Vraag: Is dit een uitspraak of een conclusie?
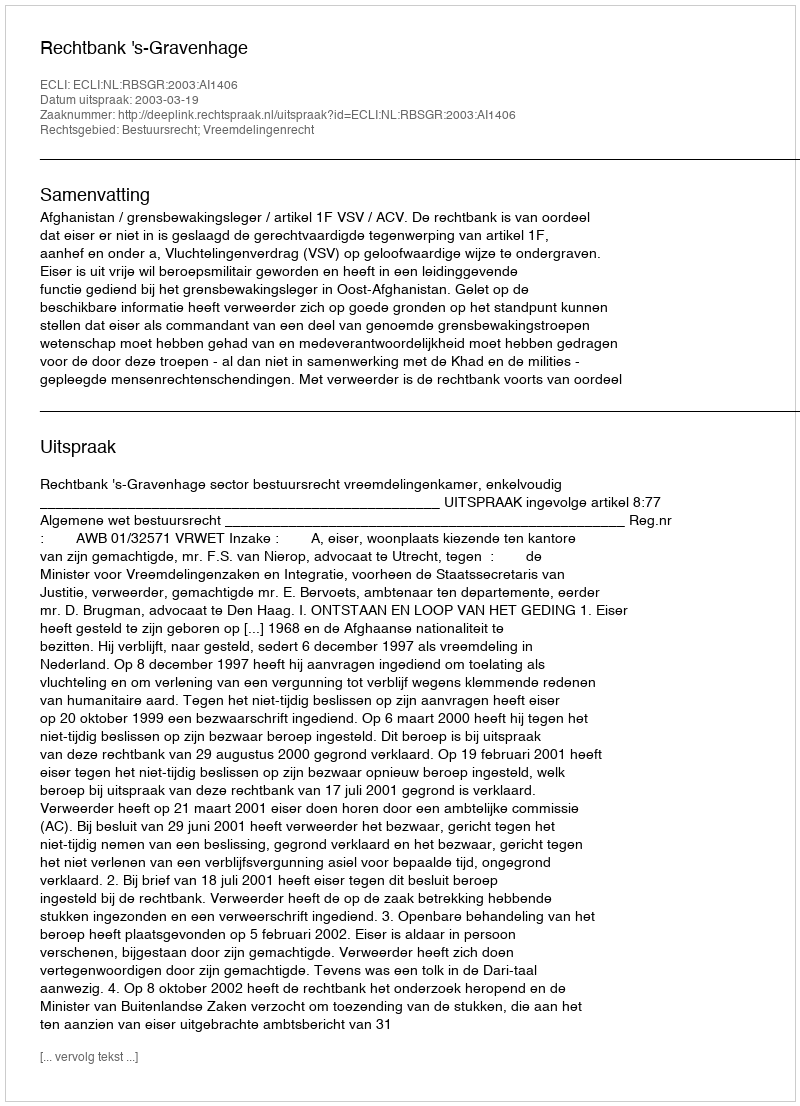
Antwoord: Uitspraak